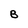
Character: B